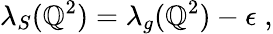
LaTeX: \lambda_{S}(\mathbb{Q}^{2})=\lambda_{g}(\mathbb{Q}^{2})-\epsilon\; ,